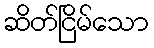
ဆိတ်ငြိမ်သော